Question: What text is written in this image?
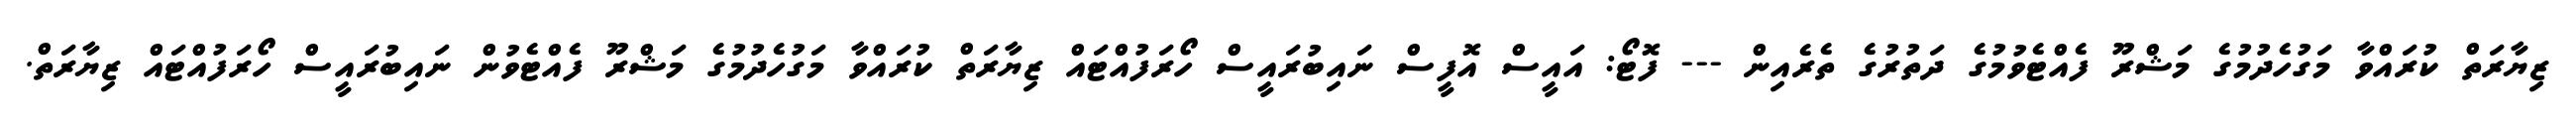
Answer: ޒިޔާރަތް ކުރައްވާ މަގުހެދުމުގެ މަޝްރޫ ފެއްޓެވުމުގެ ދަތުރުގެ ތެރެއިން --- ފޮޓޯ: އައީސް އޮފީސް ނައިބުރައީސް ހޯރަފުއްޓައް ޒިޔާރަތް ކުރައްވާ މަގުހެދުމުގެ މަޝްރޫ ފެއްޓެވުން ނައިބުރައީސް ހޯރަފުއްޓައް ޒިޔާރަތް.